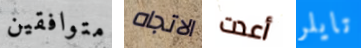
متوافقين الاتجاه أعدت تايلر